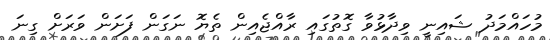
މުހައްމަދު ޝައިނީ ވިދާޅުވާ ގޮތުގައި ރާއްޖެއިން ތެޔޮ ނަގަން ފަށަން ވަރަށް ގިނަ